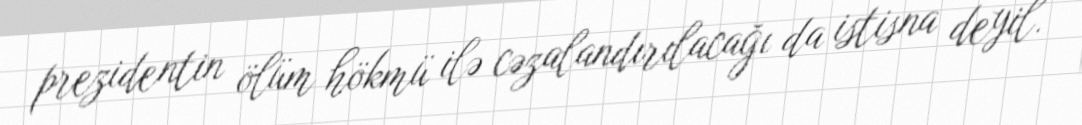
prezidentin ölüm hökmü ilə cəzalandırılacağı da istisna deyil.